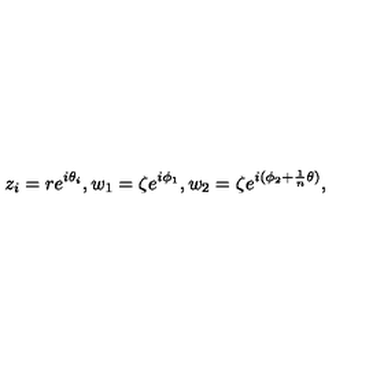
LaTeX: z _ { i } = r e ^ { i \theta _ { i } } , w _ { 1 } = \zeta e ^ { i \phi _ { 1 } } , w _ { 2 } = \zeta e ^ { i ( \phi _ { 2 } + \frac 1 n \theta ) } ,